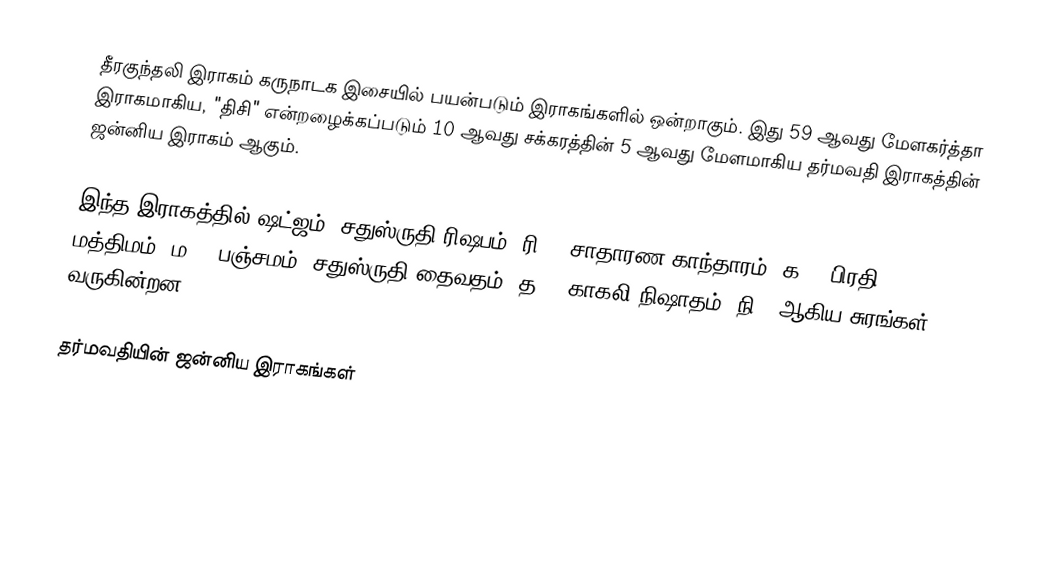
தீரகுந்தலி இராகம் கருநாடக இசையில் பயன்படும் இராகங்களில் ஒன்றாகும். இது 59 ஆவது மேளகர்த்தா இராகமாகிய, "திசி" என்றழைக்கப்படும் 10 ஆவது சக்கரத்தின் 5 ஆவது மேளமாகிய தர்மவதி இராகத்தின் ஜன்னிய இராகம் ஆகும்.

இந்த இராகத்தில் ஷட்ஜம், சதுஸ்ருதி ரிஷபம் (ரி2),  சாதாரண காந்தாரம் (க2), பிரதி மத்திமம் (ம2), பஞ்சமம்,  சதுஸ்ருதி தைவதம் (த2), காகலி நிஷாதம்  (நி3) ஆகிய சுரங்கள் வருகின்றன.

தர்மவதியின் ஜன்னிய இராகங்கள்